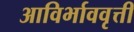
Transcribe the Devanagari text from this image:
आविर्भाववृत्ती